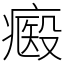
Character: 㿄